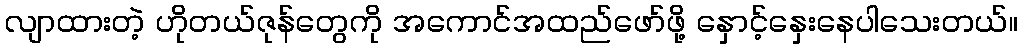
လျာထားတဲ့ ဟိုတယ်ဇုန်တွေကို အကောင်အထည်ဖော်ဖို့ နှောင့်နှေးနေပါသေးတယ်။